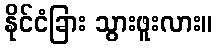
နိုင်ငံခြား သွားဖူးလား။